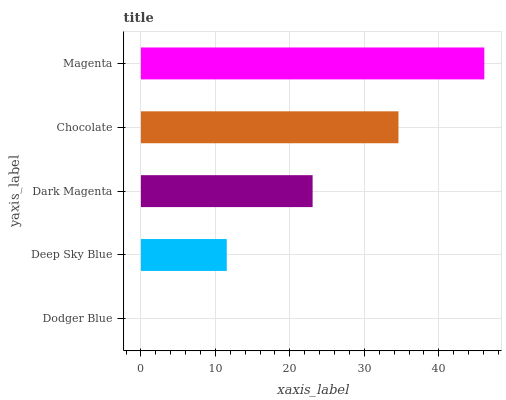
| yaxis_label | bars |
 | --- | --- |
 | Dodger Blue | 0 |
 | Deep Sky Blue | 11.5 |
 | Dark Magenta | 23.1 |
 | Chocolate | 34.6 |
 | Magenta | 46.1 |